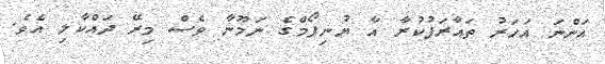
އަންނަ އަހަރު ތައާރަފުކުރާ އާ ޔުނިފޯމްގެ ނަމޫނާ ވެސް މިރޭ ދައްކާލި އެވެ.